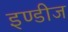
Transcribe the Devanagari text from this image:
इण्डीज